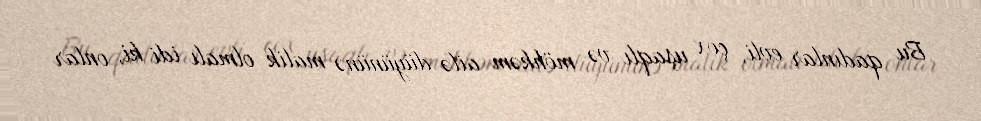
Bu qadınlar evli, çox uşaqlı və möhkəm ailə düyününə malik olmalı idi ki, onlar